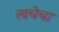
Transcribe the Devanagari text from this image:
त्‍वचेचा